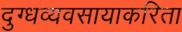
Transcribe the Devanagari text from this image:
दुग्धव्यवसायाकरिता